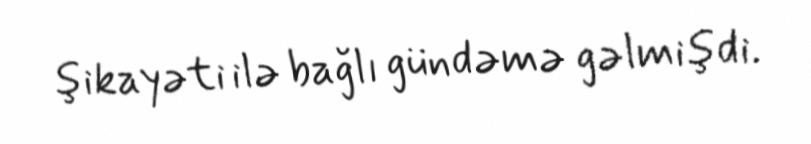
şikayəti ilə bağlı gündəmə gəlmişdi.